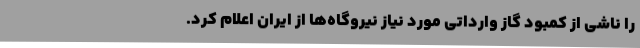
را ناشی از کمبود گاز وارداتی مورد نیاز نیروگاه‌ها از ایران اعلام کرد.